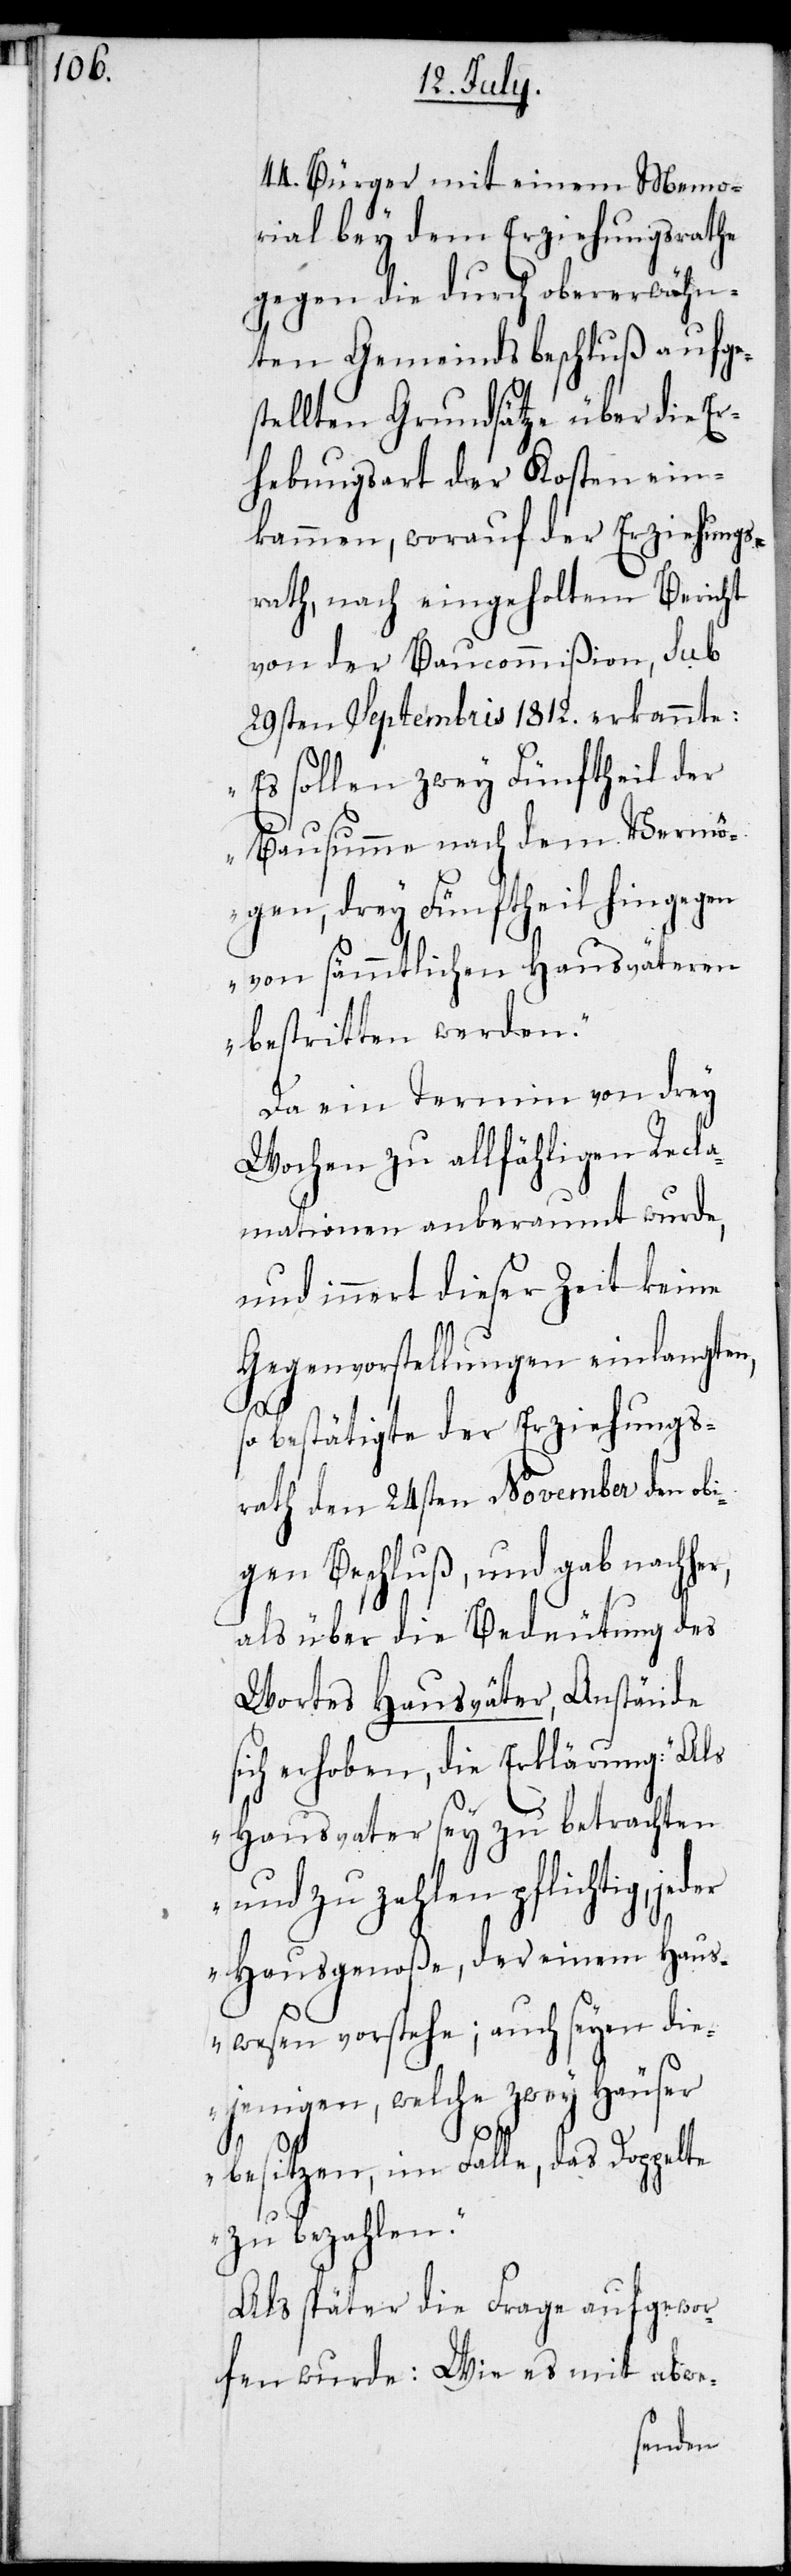
44. Bürger mit einem Memo¬
rial bey dem Erziehungsrathe
gegen die durch obenerwähn¬
ten Gemeindsbeschluß aufges¬
tellten Grundsätze über die Er¬
hebungsart der Kosten ein¬
kammen, worauf der Erziehungs¬
rath, nach eingeholtem Bericht
von der Baucommißion, sub
29sten Septembris 1812. eraknnte:
„Es sollen zwey Fünftheil der
Bausumme nach dem Vermö¬
gen, drey Fünftheil hingegen
von sämmtlichen Hausväteren
bestritten werden.“
Da ein Termin von drey
Wochen zu allfähligen Recla¬
mationen anberaumt wurde,
und innert dieser Zeit keine
Gegenvorstellungen einlangten,
so bestätigte der Erziehungs¬
rath den 24sten November den obi¬
gen Beschluß, und gab nachher,
als über die Bedeutung des
Wortes Hausväter, Anstände
sich erhoben, die Erklärung: „Als
Hausvater sey zu betrachten
und zu zahlen pflichtig, je¬
der Hausgenoße, der einem Haus¬
wesen vorstehe; auch seyen die¬
jenigen, welche zwey Häuser
besitzen, im Falle, das Doppelte
zu bezahlen.“
Als später die Frage aufgewor¬
fen wurde: Wie es mit abwe-